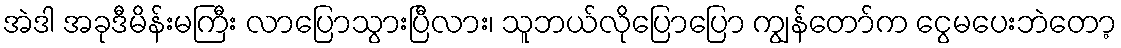
အဲဒါ အခုဒီမိန်းမကြီး လာပြောသွားပြီလား၊ သူဘယ်လိုပြောပြော ကျွန်တော်က ငွေမပေးဘဲတော့